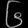
Digit: ၆